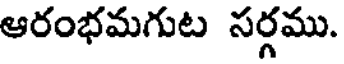
ఆరంభమగుట సర్గము.